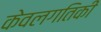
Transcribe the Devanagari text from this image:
केवलगतिकी